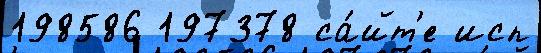
198586 197378 са́йт'е исп